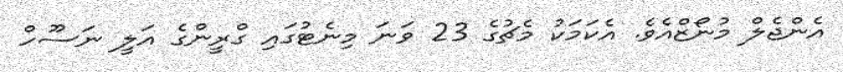
އެންޖެލް މުނޯޒްއެވެ. އެކަމަކު މެޗުގެ 23 ވަނަ މިނެޓުގައި ގްރީންގެ އަލީ ނަސޫހް